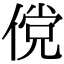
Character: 傥